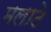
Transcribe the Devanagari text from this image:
मलाटे